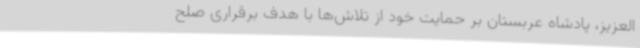
العزیز، پادشاه عربستان بر حمایت خود از تلاش‌ها با هدف برقراری صلح